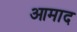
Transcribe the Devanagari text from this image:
आमाद